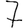
Digit: 7